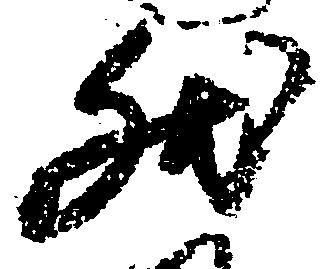
然